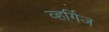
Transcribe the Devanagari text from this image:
व्हर्गिज